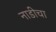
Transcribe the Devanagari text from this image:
नाडीचा